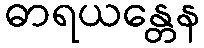
ဓာရယန္တေန